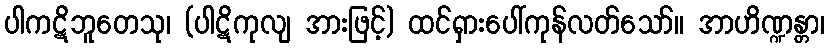
ပါကဋိဘူတေသု၊ (ပါဋိကုလျ အားဖြင့်) ထင်ရှားပေါ်ကုန်လတ်သော်။ အာဟိဏ္ဍန္တာ၊